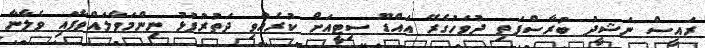
ރައީސް ނަޝީދު ބުރާސްފަތި ދުވަހުގެރޭ އައްޑޫ ސިޓީއަށް ކުރެއްވި ދަތުރުފުޅު ނިންމަވާލައްވާފައި ވެލާނާ